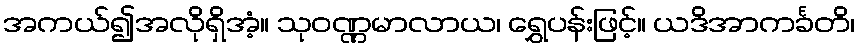
အကယ်၍အလိုရှိအံ့။ သုဝဏ္ဏမာလာယ၊ ရွှေပန်းဖြင့်။ ယဒိအာကင်္ခတိ၊